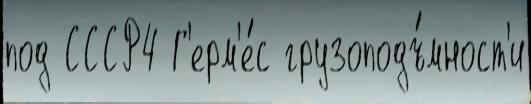
под СССР4 Г'ерм'е́с грузоподъ́мност'и